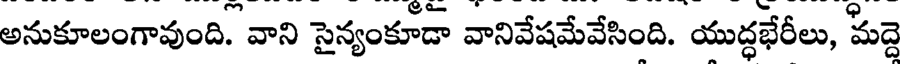
అనుకూలంగావుంది. వాని సైన్యంకూడా వానివేషమేవేసింది. యుద్ధభేరీలు, మద్దె